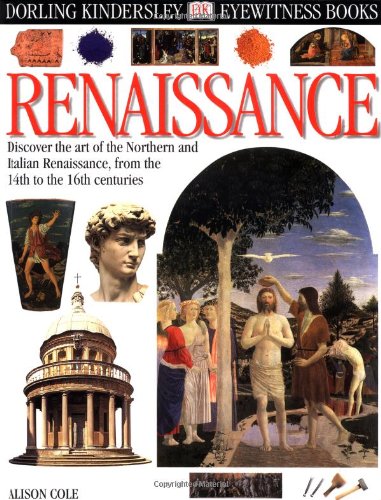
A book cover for Eyewitness: Renaissance; Alison Cole; Children's Books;